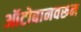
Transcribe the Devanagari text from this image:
ऑटोबानवरून